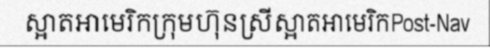
ស្អាតអាមេរិកក្រុមហ៊ុនស្រីស្អាតអាមេរិកPost-Nav